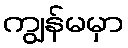
ကျွန်မမှာ